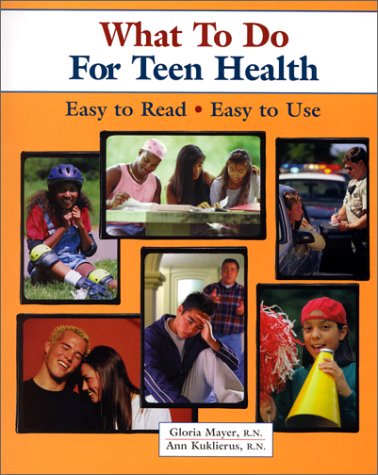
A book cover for What To Do For Teen Health (What to Do for Health Series); Gloria G. Mayer; Health, Fitness & Dieting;